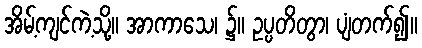
အိမ့်ကျင်ကဲ့သို့။ အာကာသေ၊ ၌။ ဥပ္ပတိတွာ၊ ပျံတက်၍။